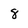
Character: 8